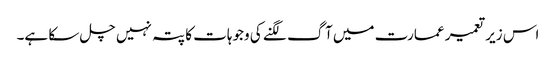
اس زیر تعمیر عمارت میں آگ لگنے کی وجوہات کا پتہ نہیں چل سکا ہے۔